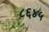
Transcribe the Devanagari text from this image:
८६४५